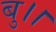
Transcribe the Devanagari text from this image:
बु।।